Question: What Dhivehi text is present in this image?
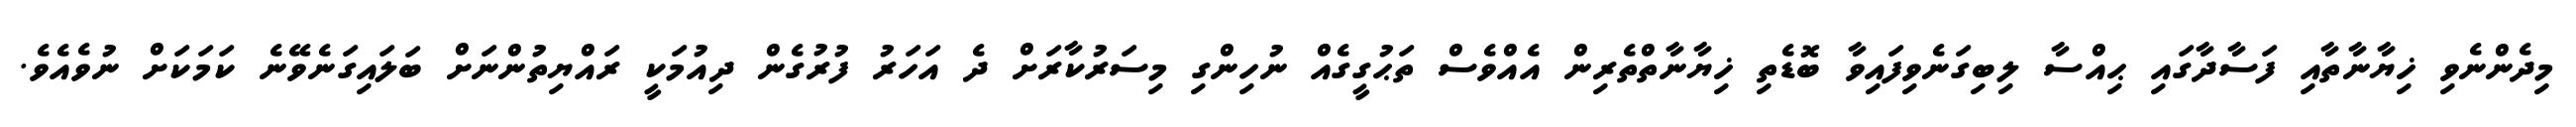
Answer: މިދެންނެވި ޚިޔާނާތާއި ފަސާދާގައި ޙިއްސާ ލިބިގަނެވިފައިވާ ބޮޑެތި ޚިޔާނާތްތެރިން އެއްވެސް ތަޙުގީގެއް ނުހިންގި މިސަރުކާރަށް ދެ އަހަރު ފުރުގެން ދިއުމަކީ ރައްޔިތުންނަށް ބަލައިގަނެވޭނެ ކަމަކަށް ނުވެއެވެ.